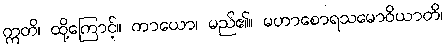
ဣတိ၊ ထို့ကြောင့်။ ကာယော၊ မည်၏။ မဟာစောရသမောဝိယာတိ၊